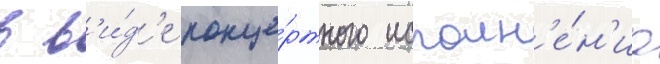
в в'и́д'е конце́ртного исполн'е́н'иа